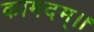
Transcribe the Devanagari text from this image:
कामदम्।।